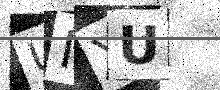
Text: UIYU